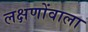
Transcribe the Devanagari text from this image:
लक्षणोंवाला